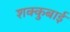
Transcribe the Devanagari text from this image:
शक्कुबाई